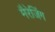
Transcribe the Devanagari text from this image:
मैरेजिंग